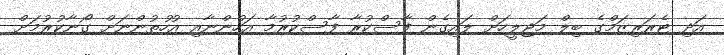
އަދި ޓެރަރިޒަމްގެ ބިލް މަޖިލީހަށް ލައިގެން ފާސްކުރާ ފާސްކުރުމާ އަހުންނާއި އުހުތުންނަށް ގޯނާކުރުމަށް